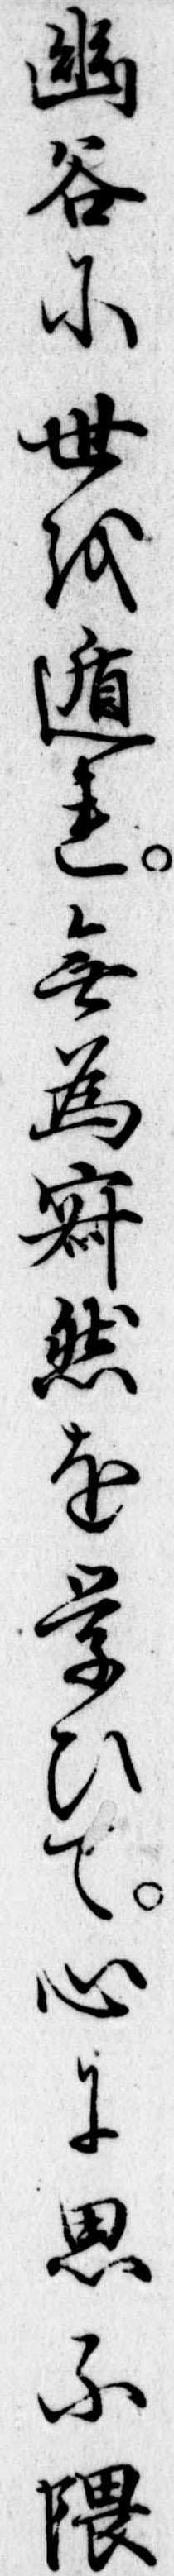
幽谷に世を遁れ無為寂然を学ひて心に思ふ隈